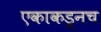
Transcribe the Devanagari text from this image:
एकाकडूनच